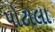
પોટાલા